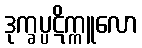
ဒုက္ခပ္ပဋိက္ကူလော